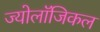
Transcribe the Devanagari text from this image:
ज्योलॉजिकल